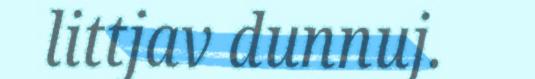
littjav dunnuj.